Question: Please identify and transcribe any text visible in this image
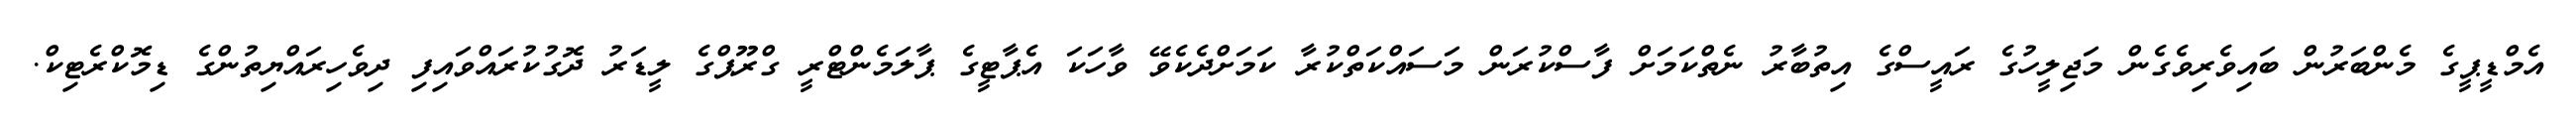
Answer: އެމްޑީޕީގެ މެންބަރުން ބައިވެރިވެގެން މަޖިލީހުގެ ރައީސްގެ އިތުބާރު ނެތްކަމަށް ފާސްކުރަން މަސައްކަތްކުރާ ކަމަށްދެކެވޭ ވާހަކަ އެޕާޓީގެ ޕާލަމެންޓްރީ ގްރޫޕްގެ ލީޑަރު ދޮގުކުރައްވައިފި ދިވެހިރައްޔިތުންގެ ޑިމޮކްރެޓިކް.